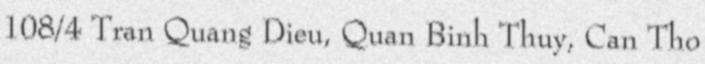
108/4 Tran Quang Dieu, Quan Binh Thuy, Can Tho